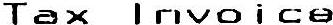
TAX INVOICE